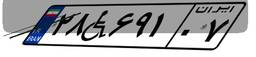
۲۰W۵۷۷۵۶